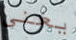
يغنى